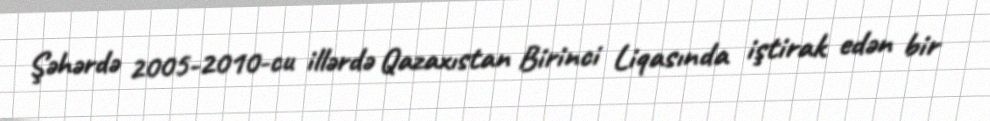
Şəhərdə 2005-2010-cu illərdə Qazaxıstan Birinci Liqasında iştirak edən bir